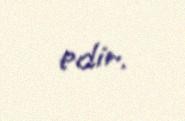
edir.